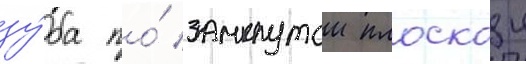
зу́ба по́ замкнутои плоскои